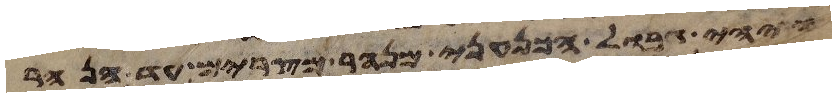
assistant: ויהי גבול הכנעני מנהר מצרים עד הנהר